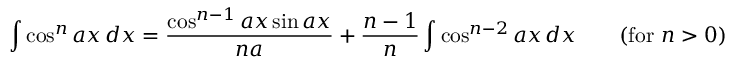
\int \cos ^ { n } a x \, d x = { \frac { \cos ^ { n - 1 } a x \sin a x } { n a } } + { \frac { n - 1 } { n } } \int \cos ^ { n - 2 } a x \, d x \qquad { \mathrm { ( f o r ~ } } n > 0 { \mathrm { ) } }